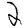
Digit: 2